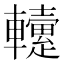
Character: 𨏡